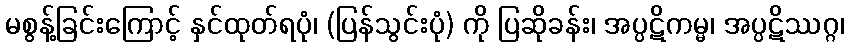
မစွန့်ခြင်းကြောင့် နှင်ထုတ်ရပုံ၊ (ပြန်သွင်းပုံ) ကို ပြဆိုခန်း၊ အပ္ပဋိကမ္မ၊ အပ္ပဋိဿဂ္ဂ၊